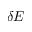
\delta E